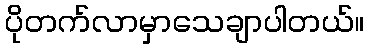
ပိုတက်လာမှာသေချာပါတယ်။